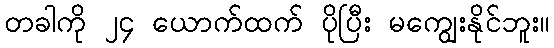
တခါကို ၂၄ ယောက်ထက် ပိုပြီး မကျွေးနိုင်ဘူး။